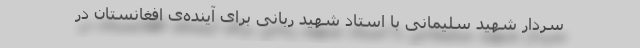
سردار شهید سلیمانی با استاد شهید ربانی برای آینده‌ی افغانستان در